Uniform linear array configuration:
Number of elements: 4
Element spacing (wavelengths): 0.75
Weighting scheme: hamming
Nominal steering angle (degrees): -30
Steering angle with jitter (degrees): -30.09
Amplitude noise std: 0.05
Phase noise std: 0.05

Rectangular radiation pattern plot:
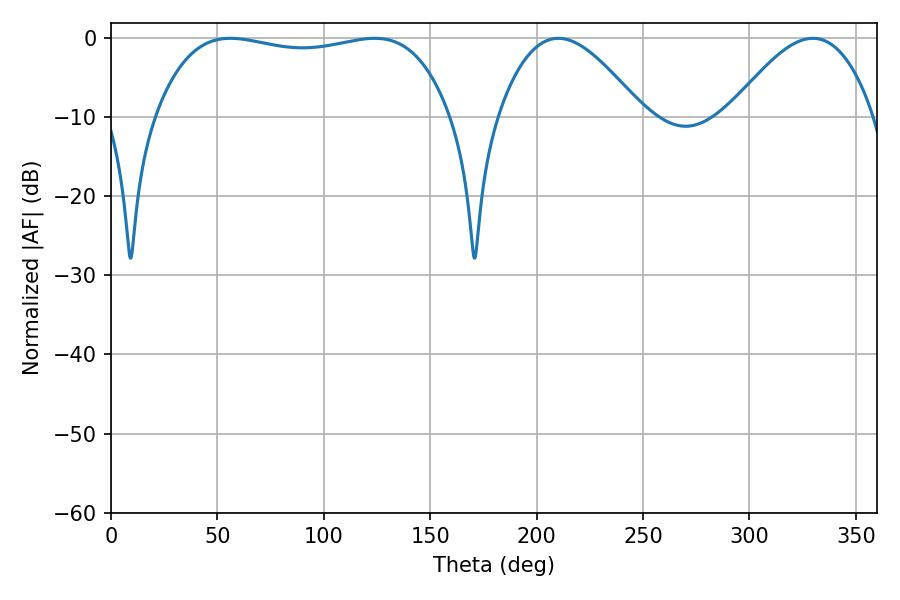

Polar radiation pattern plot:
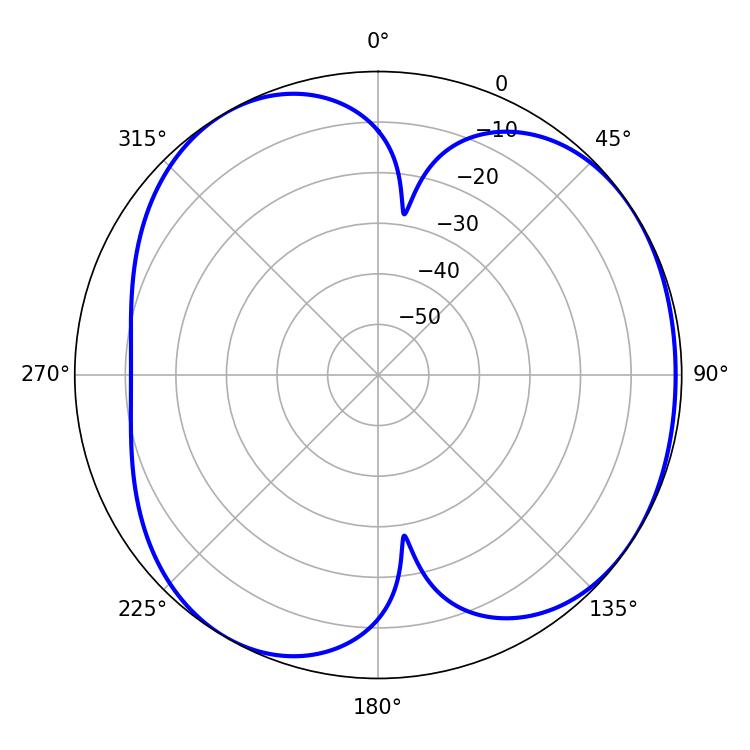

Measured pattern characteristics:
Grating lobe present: TRUE
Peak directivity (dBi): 4.586
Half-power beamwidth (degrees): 111.6
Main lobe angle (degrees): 56.16